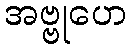
အဗ္ဗုဟေ